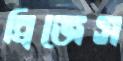
ব্রিজেস